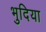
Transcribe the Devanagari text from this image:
भुदिया